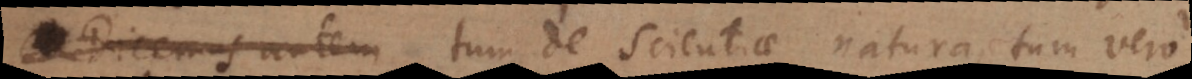
universum tum de scientiae natura, tum vero